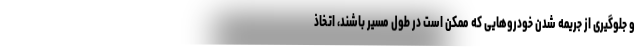
و جلوگیری از جریمه شدن خودروهایی که ممکن است در طول مسیر باشند، اتخاذ